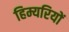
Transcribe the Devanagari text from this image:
हिम्यरियों